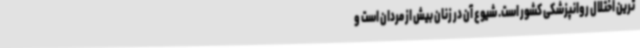
ترین اختلال روانپزشکی کشور است. شیوع آن در زنان بیش از مردان است و